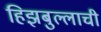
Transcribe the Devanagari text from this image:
हिझबुल्लाची